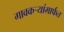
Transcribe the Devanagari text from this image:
गावकऱ्यांमार्फत